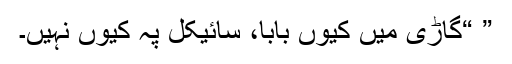
” “گاڑی میں کیوں بابا، سائیکل پہ کیوں نہیں۔